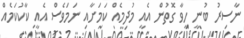
ނާސިރު ބުނީ ހީވާ ގޮތުން އެއީ މުދިމެއް ކަމަށާއި ނަމަވެސް އެއީ ކާކުކަމެއް